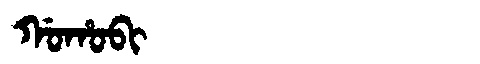
Manchu: ᡤᠣᡥᠣᠪᡳ
Romanization: GOHOBI